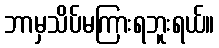
ဘာမှသိပ်မကြားရဘူးရယ်။